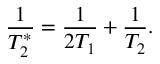
\frac { 1 } { T _ { 2 } ^ { * } } = \frac { 1 } { 2 T _ { 1 } } + \frac { 1 } { T _ { 2 } } .